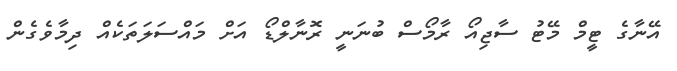
އޭނާގެ ޓީމް މޭޓު ސާޖިއޯ ރާމޯސް ބުނަނީ ރޮނާލްޑޯ އަށް މައްސަލަތަކެއް ދިމާވެގެން